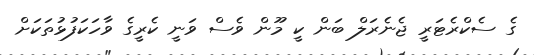
ގެ ސެކްރެޓަރީ ޖެނެރަލް ބަން ކީ މޫން ވެސް ވަނީ ކެރީގެ ވާހަކަފުޅުތަކަށް